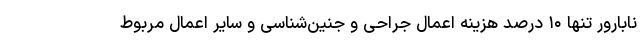
نابارور تنها ۱۰ درصد هزینه اعمال جراحی و جنین‌شناسی و سایر اعمال مربوط